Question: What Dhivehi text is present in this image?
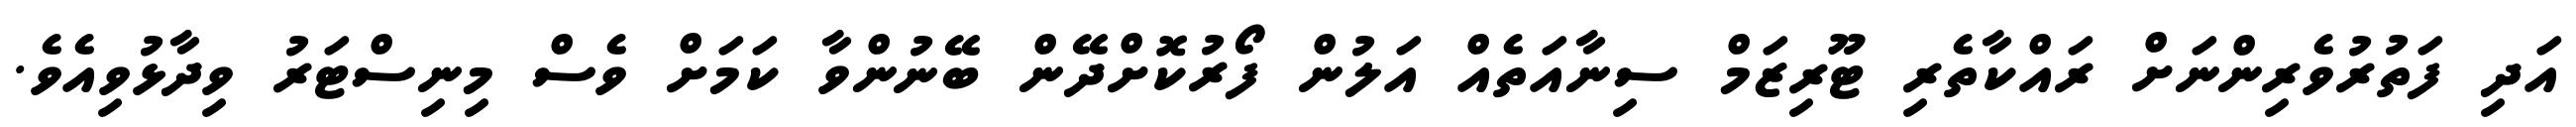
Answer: އަދި ފަތުރުވެރިންނަށް ރައްކާތެރި ޓޫރިޒަމް ސިނާއަތެއް އަލުން ފޯރުކޮށްދޭން ބޭނުންވާ ކަމަށް ވެސް މިނިސްޓަރު ވިދާޅުވިއެވެ.